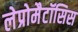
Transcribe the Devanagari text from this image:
लेप्रोमैटॉसिस